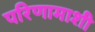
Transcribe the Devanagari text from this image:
परिणामाशी